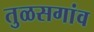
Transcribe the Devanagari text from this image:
तुळसगांव